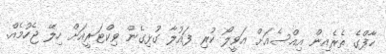
ހާފްގެ ތެރެއިން އިއްސެއަށް އަވީލޯ ކުރި ފައުލާ ގުޅިގެން ވިކްޓަރީއަށް ހިލޭ ޖެހުމެއް.